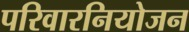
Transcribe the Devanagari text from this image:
परिवारनियोजन